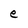
Character: e